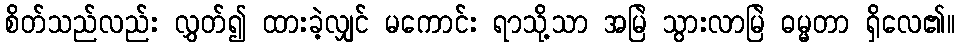
စိတ်သည်လည်း လွှတ်၍ ထားခဲ့လျှင် မကောင်း ရာသို့သာ အမြဲ သွားလာမြဲ ဓမ္မတာ ရှိလေ၏။